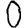
Digit: 0